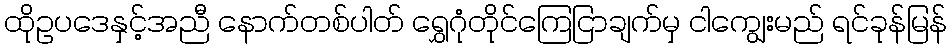
ထိုဥပဒေနှင့်အညီ နောက်တစ်ပါတ် ရွှေဂုံတိုင်ကြေငြာချက်မှ ငါကျွေးမည် ရင်ခုန်မြန်